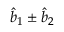
\hat { b } _ { 1 } \pm \hat { b } _ { 2 }